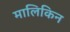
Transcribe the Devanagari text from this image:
मालिकिन